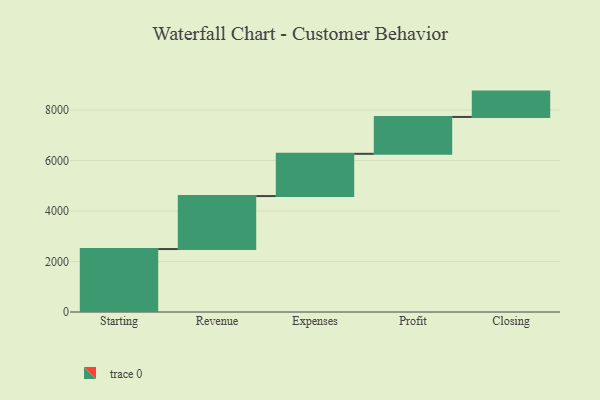
{"axis": {"x": "Step", "y": "Value"}, "legend": [""], "data": [{"x": "Starting", "y": 2493.0, "type": ""}, {"x": "Revenue", "y": 2099.0, "type": ""}, {"x": "Expenses", "y": 1673.0, "type": ""}, {"x": "Profit", "y": 1460.0, "type": ""}, {"x": "Closing", "y": 1004.0, "type": ""}]}